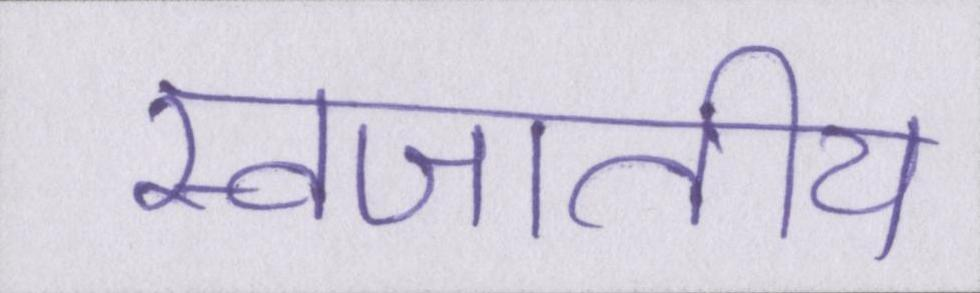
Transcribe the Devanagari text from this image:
स्वजातीय